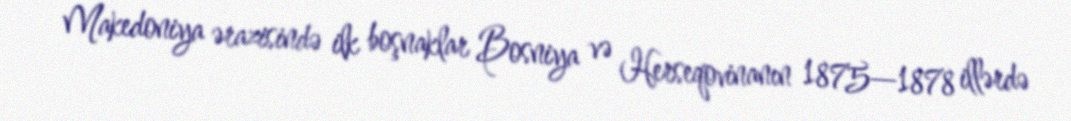
Makedoniya ərazisində ilk boşnaklar Bosniya və Herseqovinanın 1875—1878 illərdə